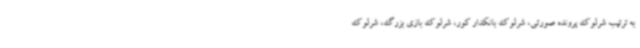
به ترتیب شرلوک پرونده صورتی، شرلوک بانکدار کور، شرلوک بازی بزرگ، شرلوک